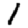
Digit: 1